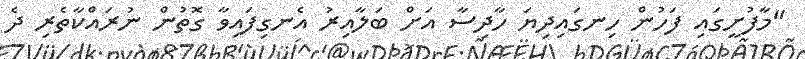
"މާފުށީގައި ފަހުން ހިނގައިދިޔަ ހާދިސާ އަށް ބަލާއިރު އެނގިފައިވާ ގޮތުން ނުރައްކާތެރި ދެ